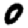
Digit: 0